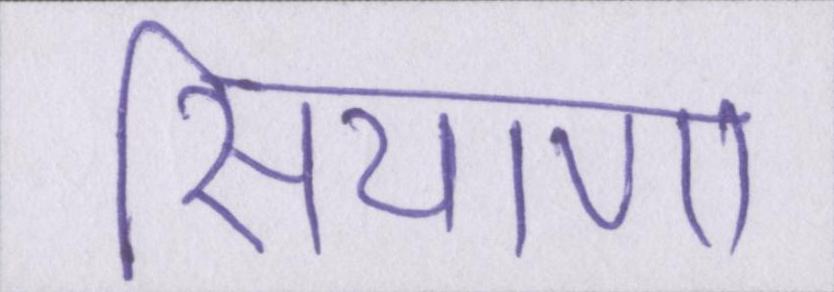
सियाणा